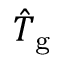
\hat { T } _ { \mathrm { g } }